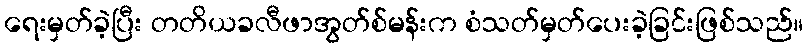
ရေးမှတ်ခဲ့ပြီး တတိယခလီဖာအွတ်စ်မန်းက စံသတ်မှတ်ပေးခဲ့ခြင်းဖြစ်သည်။